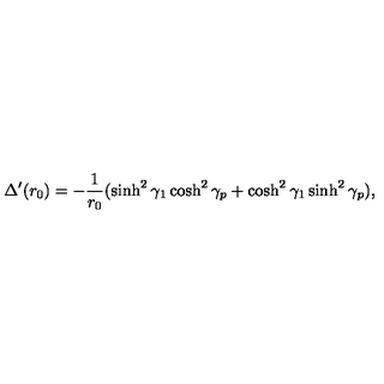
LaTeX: \Delta ^ { \prime } ( r _ { 0 } ) = - { \frac { 1 } { r _ { 0 } } } ( \sinh ^ { 2 } \gamma _ { 1 } \cosh ^ { 2 } \gamma _ { p } + \cosh ^ { 2 } \gamma _ { 1 } \sinh ^ { 2 } \gamma _ { p } ) ,